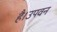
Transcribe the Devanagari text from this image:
है।उपवन